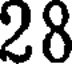
28